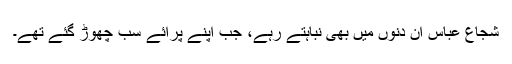
شجاع عباس ان دنوں میں بھی نباہتے رہے، جب اپنے پرائے سب چھوڑ گئے تھے۔